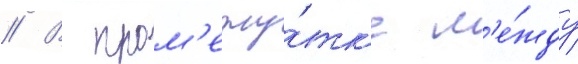
// В пром'ежу́тк'е м'е́жду